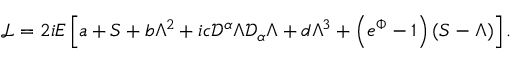
{ \mathcal { L } } = 2 i E \left[ a + S + b \Lambda ^ { 2 } + i c { \mathcal { D } } ^ { \alpha } \Lambda { \mathcal { D } } _ { \alpha } \Lambda + d \Lambda ^ { 3 } + \left( e ^ { \Phi } - 1 \right) \left( S - \Lambda \right) \right] .